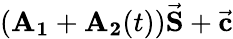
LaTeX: (\mathbf{A_{1}}+\mathbf{A_{2}}(t))\vec{\mathbf{S}}+\vec{\mathbf{c}}